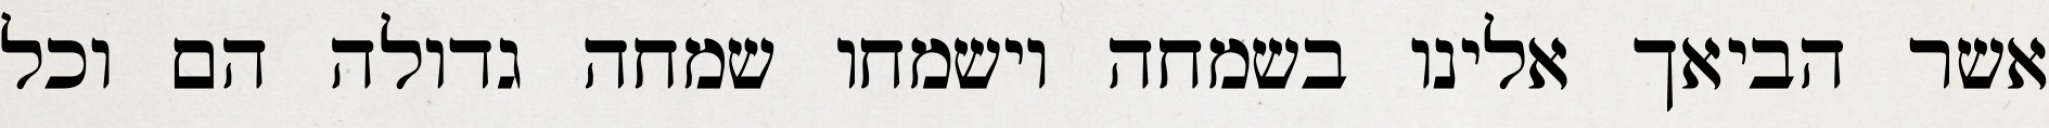
אשר הביאך אלינו בשמחה וישמחו שמחה גדולה הם וכל